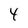
Character: 4